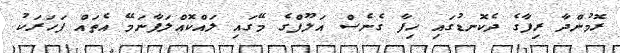
ރޮމުންދާ ރިފާގެ ދެކޮނޑުގައި ހިފާ ގެނެސް އަލޫފްގެ މޭގައި ލައްކޮއްލަފާނަމޭ އެތައް ފަހަރަކު